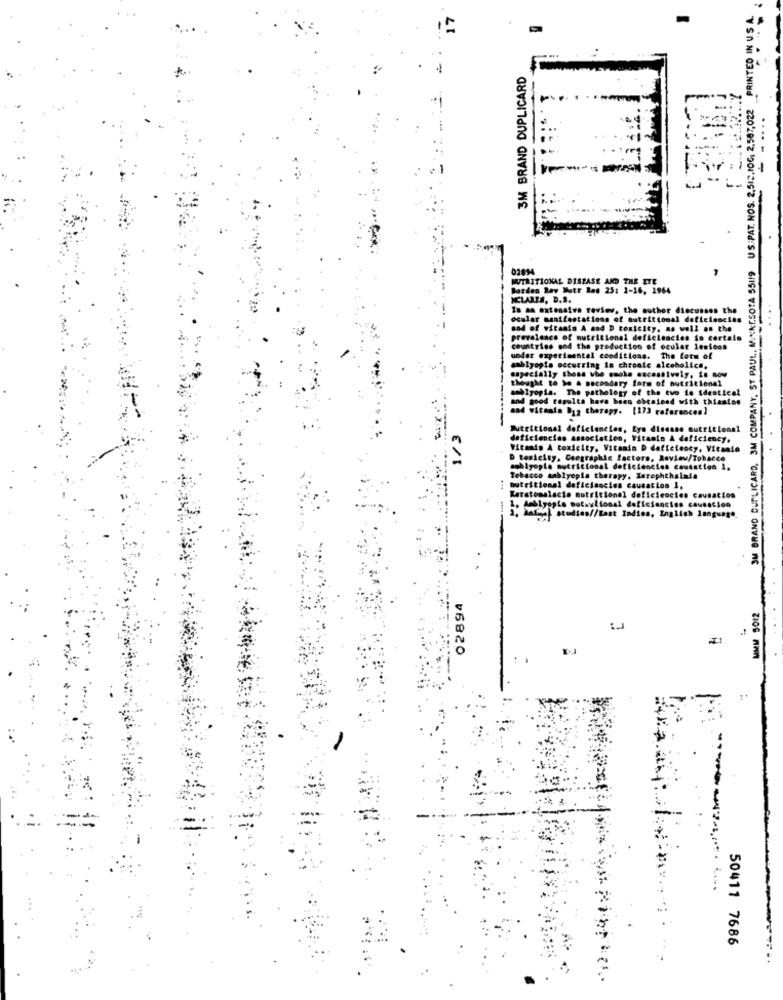
SM BRAND DUPLICARD, 3M COMPANY, ST PAUL, MINNESOTA 55119 US PAT. NOS. 2.512.10G, 2.587,022 _PRINTED IN USA
3M BRAND DUPLICARD
02894
WIRITIONAL DISEASE AND THE ETE
Bordes Ray Mutr Res 25: 1-16, 1964
XCLARA, D.S.
In an extensive review, the author discusses the
ocular manifestations of nutritional deficiencies
sad of vitamin A and D toxicity, as well as the
prevalence of nutritional deficiencies so certain
countries and the production of ocular lenfoon
under experimental conditions. The form of
amblyopis occurring in chronic alcoholics,
especially those who smoke excessively, is now
thought to be & secondary form of nutritionel
amblyopis. The pathology of the tvo ie identical
and good resulta have been obtained with thiastoo
sad witamin Dyg therapy. [173 references)
Nutritional deficiencies, Lyo disease nutricional
deficiencies association, Vitamin A deficiency.
dette
Vitamin A toxicity. Vitamin D deficiency, Vitamin
D tesicity, Ceographic factors, Roviau/Tobacco
aoblyopie nutricional deficiencies causation 1.
Tobacco aablyopla therapy, Xerephthalale
nutritional deficiencies causation I,
atomalacio nutricional deficiencies c
1. Amblyopie mutsulionsi deficiencies causation
2. hathel studies//Last Indies, English language
02894
----
50411 7686